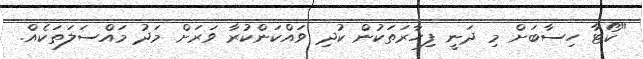
"ކޯޓާ ހިސާބަށް މި ދަނީ ފިހާރަތަކުން ކުދި ވައްކަންކުރާ ވަރަށް މަދު މައްސަލަތަކެއް.